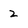
Character: 2